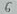
Text: 6